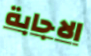
الاجابة